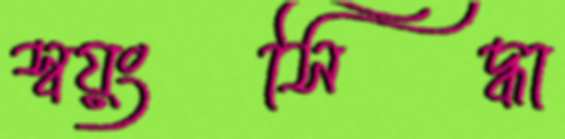
স্বয়ংসিদ্ধা